system: You are a helpful assistant.
user:
Analyze the provided spectrum to determine if it is a **White Dwarf (WD)**.

A White Dwarf spectrum is defined by its **extreme purity** (due to gravitational settling) and/or **extreme pressure broadening** (due to high surface gravity). You must check for one of the following mutually exclusive signatures:

- **Key Visual Indicators (Check for ONE of these types):**

    - **1. DA-Type Signature (Most Common):**
        - **(Primary Feature):** Extreme pressure broadening (Stark broadening) of the **Hydrogen (H) Balmer lines**.
        - **(Key Lines):** $H\beta$ (approx. $4861$ Å) and $H\gamma$ (approx. $4340$ Å). $H\alpha$ (approx. $6563$ Å) will also be present if the wavelength range covers it.
        - **(Line Profile):** This is the **defining feature**. The lines are **NOT** sharp. They appear as massive, **extremely broad and deep "troughs" or "dips"** in the spectrum, often hundreds of Ångströms wide. The continuum will appear to "scoop" down at these wavelengths.
        - **(Distinction):** Normal A-type or B-type stars have *narrow* and *sharp* Hydrogen lines. A DA White Dwarf's lines are unmistakably "smeared" or "blurry" from pressure.

    - **2. DB-Type Signature:**
        - **(Primary Feature):** Broad absorption lines from **Neutral Helium (He I)**. The spectrum must lack any visible Hydrogen lines.
        - **(Key Lines):** Look for broad absorption near $4471$ Å, $4921$ Å, and $5876$ Å.
        - **(Line Profile):** These lines are also significantly pressure-broadened, appearing much wider than they would in a normal B-type main-sequence star.

    - **3. DC-Type Signature:**
        - **(Primary Feature):** A **featureless continuous spectrum**.
        - **(Line Profile):** The spectrum is a smooth curve with **no significant absorption or emission lines**.
        - **(Key Confirmation):** The continuum is almost always **blue or white**, indicating a hot object. This signature implies the atmosphere is so pure (or so cool) that no spectral lines are visible in the optical range. Its WD identity is confirmed by its extremely low intrinsic brightness (high absolute magnitude).

    - **4. DZ-Type Signature (Metal-Polluted):**
        - **(Primary Feature):** **Isolated, narrow metal absorption lines** on an otherwise featureless (DC-like) continuum.
        - **(Key Lines):** The **Calcium (Ca II) H & K doublet** (approx. **$3934$ Å** and **$3968$ Å**) is the most common and defining feature.
        - **(Line Profile):** These lines are "out of place." They are *not* part of a "forest" of thousands of lines. This signature is evidence of recent *accretion* (pollution) from rocky debris.
        - **(Distinction):** Normal G/K/M stars have a *dense forest* of thousands of metal lines. A DZ has a *clean* continuum with *only a few* strong metal lines.

    - **5. DQ-Type Signature (Carbon-Polluted):**
        - **(Primary Feature):** Absorption bands from **Carbon (C₂ "Swan Bands" or atomic C I)**.
        - **(Key Lines - C₂):** Look for bandheads with a "saw-tooth" shape near $5635$ Å, **$5165$ Å** (strongest), and $4737$ Å.
        - **(Key Confirmation):** The underlying **continuum must be blue or white** (hot).
        - **(Distinction):** This is the critical difference from a **Carbon Star**, which has the *exact same* C₂ bands but on an extremely **red, cool** continuum.

- **(Overall Spectrum):**
    - The continuum (overall shape) is typically **blue-sloping** (brighter in the blue than the red), as most white dwarfs are very hot.
    - The spectrum will look "pure" or "simple," dominated by only *one* of the five signatures listed above.

Think first, call **spectral_visualization_tool** if needed to examine features in detail, then provide your final answer. Your response must adhere to the following strict rules:
1.  **Overall Structure:** Your response must follow the format `<think>...</think> <tool_call>...</tool_call> (if a tool is used) <answer>...</answer>`.
2.  **Tool Usage Constraint:** You may only make **one** tool call per turn.
3.  **Final Answer Format:** In the `<answer>` tag, your conclusion must be inside a `\boxed{}` command (e.g., `\boxed{YES}` or `\boxed{NO}`), followed by your justification.

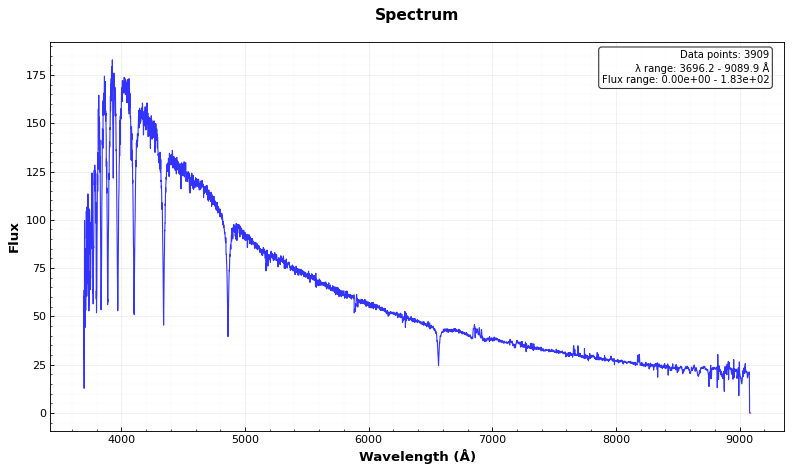
Answer: NO